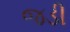
જડી